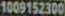
1009152300